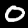
Digit: 0